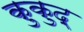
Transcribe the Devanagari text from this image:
कुकुद्